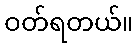
ဝတ်ရတယ်။